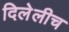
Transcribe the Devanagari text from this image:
दिलेलीच